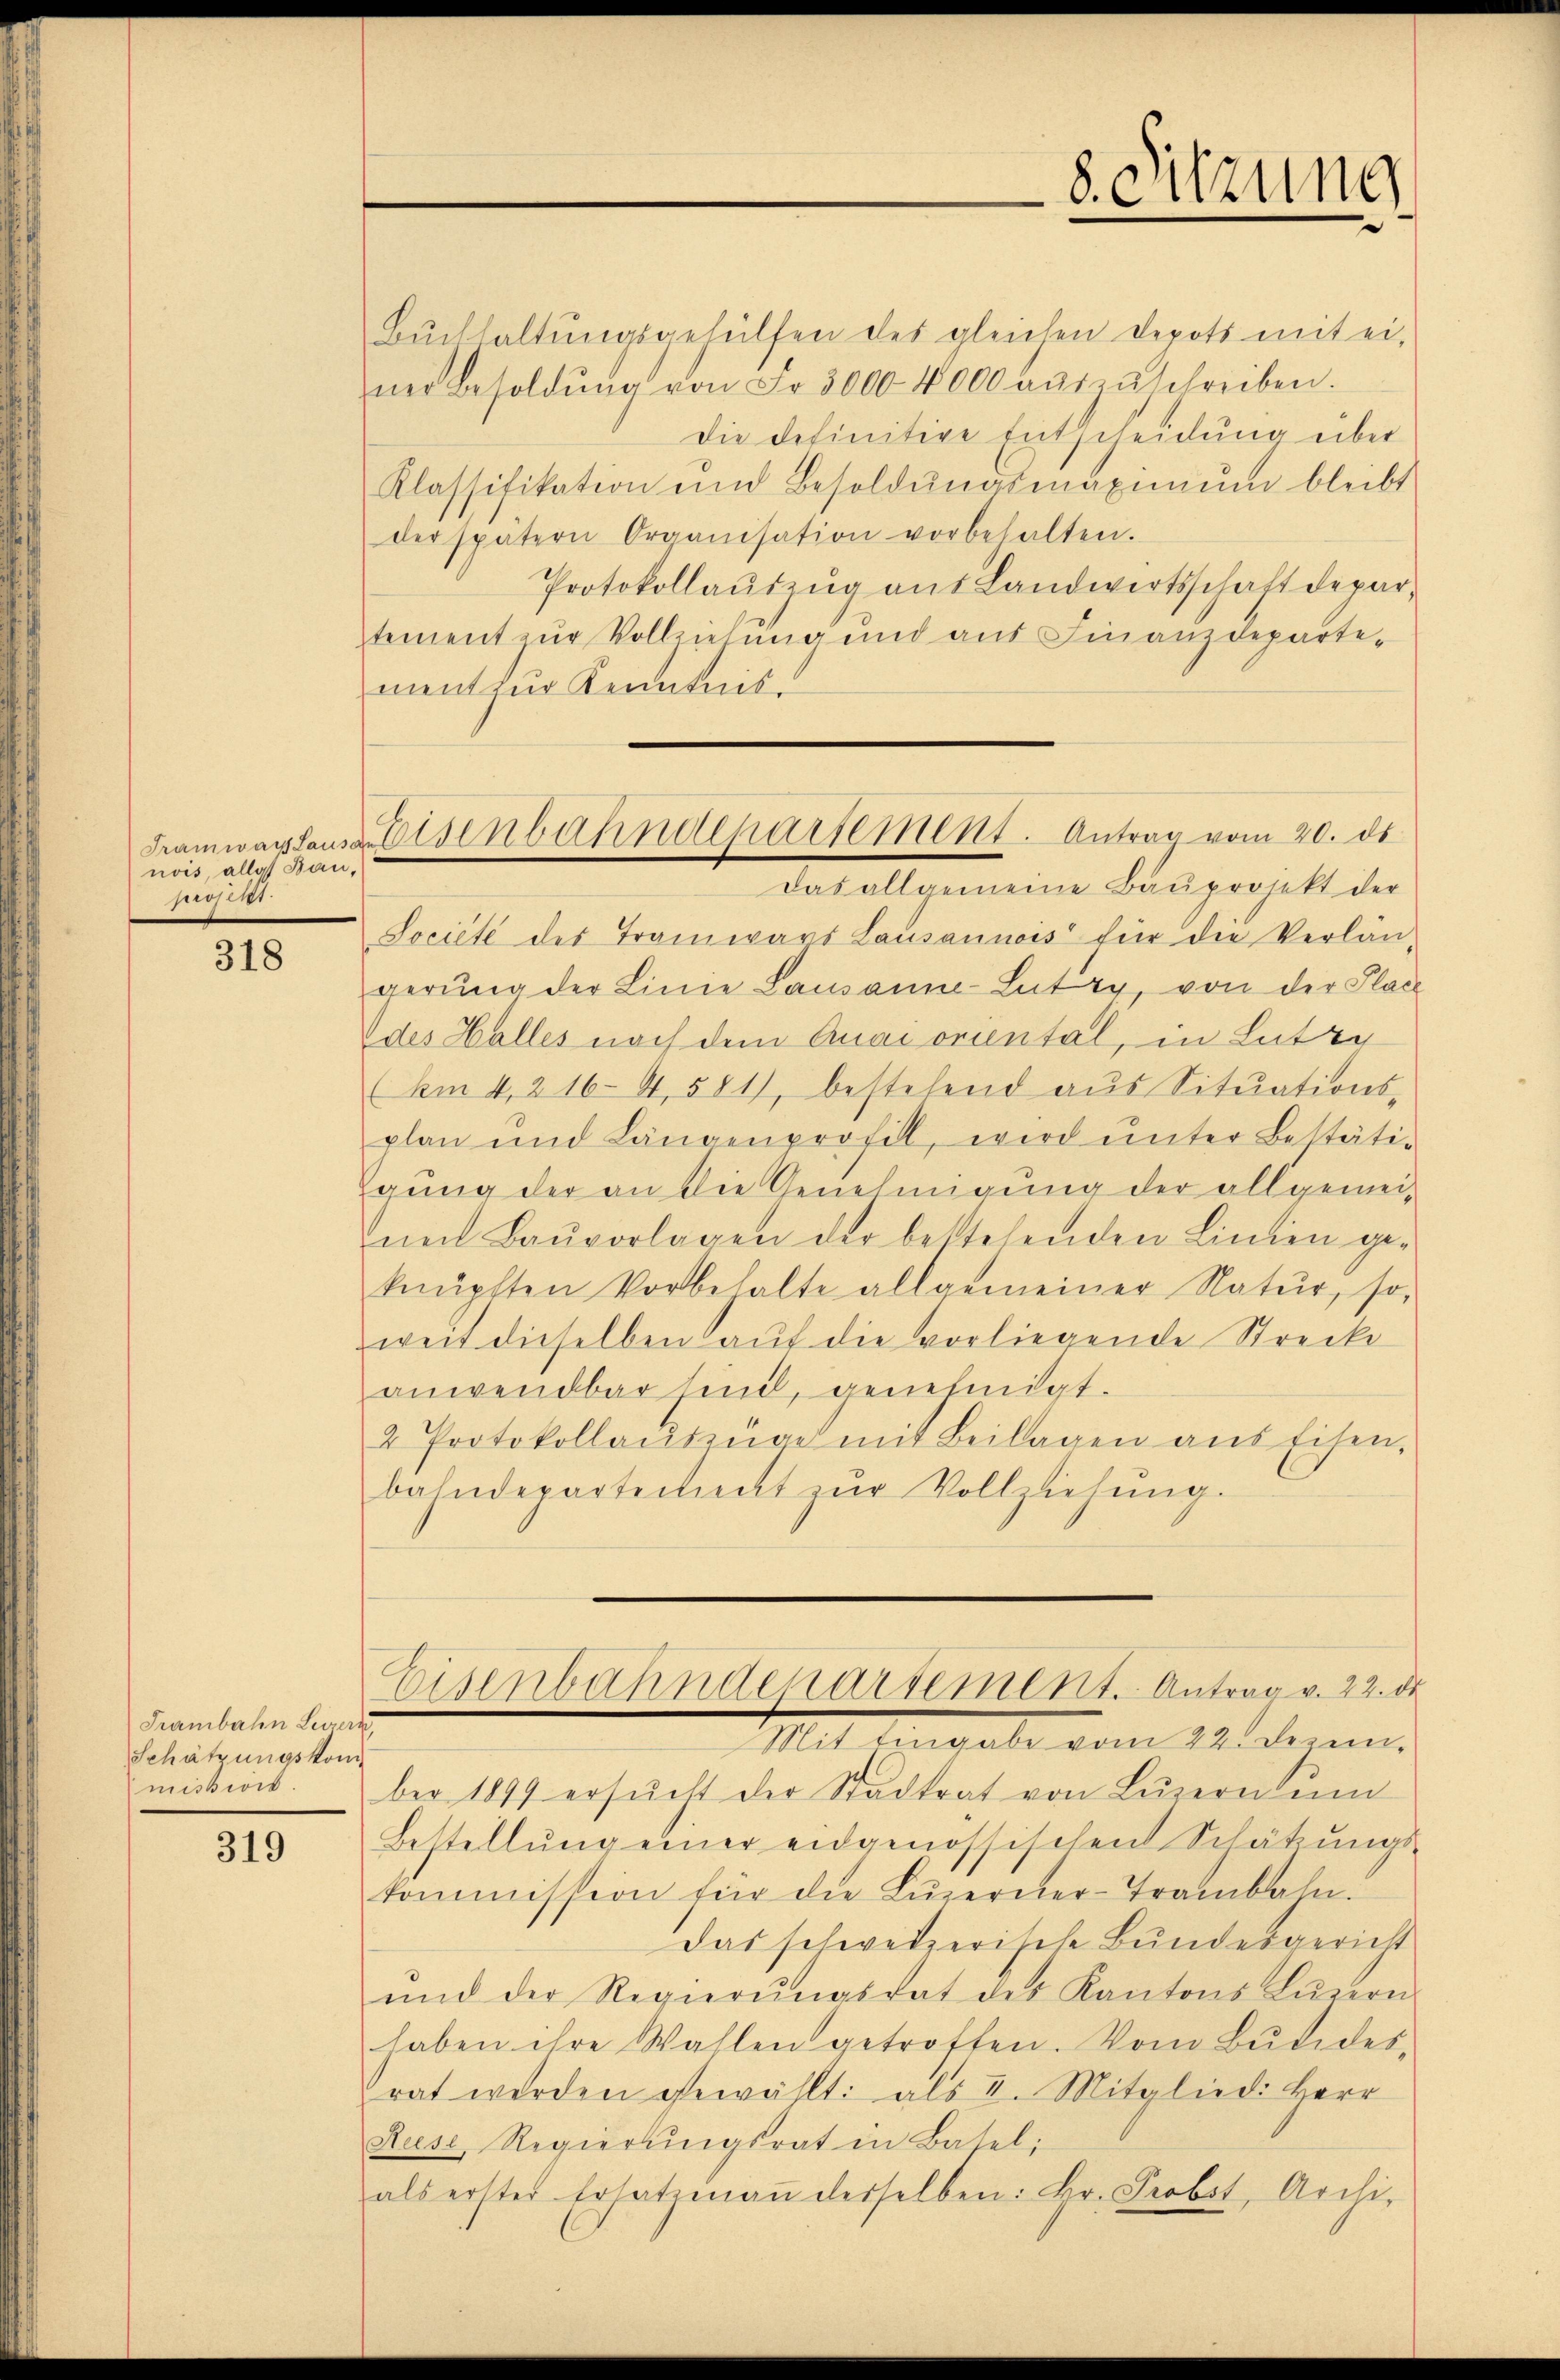
Tramwar Lausa
nois, alle Bau,
sucher

318

Trambahn Levers
Schätzungskom
mission.

319

Eisenbahndepartement. Antrag vom 20. ds.

Bŭchhaltŭngsgehülfen des gleichen Depots mit ei-
ner Besoldŭng von Fr. 3000. 4000 aŭszŭschreiben.
Die definitive Entscheidung über
Klassifikation und Besoldŭngsmaximŭm bleibt
der spätern Organisation vorbehalten.
Protokollaŭszŭg aŭs Landwirtschaft departement zur Vollziehung und aus Finanzdepartement zur Kenntnis.
das allgemeine Bauprojekt der
Societe des Tramwars Lausannois für die Verlän-
gerŭng der Linie Lausanne-Lutry, von der Place
des Halles nach dem Quai oriental, in Lutzn
(Am 4. 2164, 581, bestehend aŭs Sitŭations-
plan und Längenprofill, wird ŭnter Bestäti-
gung der an die Genehmigung der allgemeinech Baŭvorlagen der bestehenden Linien ge-
knüpften Vorbehalte allgemeiner Natur, so-
weit dieselben auf die vorliegende Strecke
anwendbar sind, genehmigt.
2 Protokollauszüge mit Beilagen aus Eisen,
bahndepartement zŭr Vollziehŭng.

Eisenbahnderartement. Antrag v. 22. de

8. Sitzung

Mit legale vom 22. Dezen.
ber 1899 ersŭcht der Stadtrat von Lŭzernem
Bestellŭng einer eidgenössischen Schätzungs-
kommission für die Lŭzerner-Trambahn.
Das schweizerische Bundesgericht
und der Regierŭngsrat des Kantons Lŭzern
haben ihre Wahlen getroffen. Vom Bŭdides,
rat werden gewählt: als I. Mitglied: Herr
Ruse Regierungsrat in Basel:
als erster Ersatzmaṅ derselben: Hr. Probst, Archi-